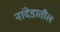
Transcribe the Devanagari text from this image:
नांदेडातील